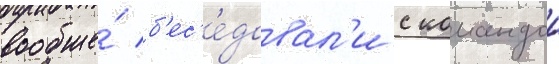
вообще́ б'ес'е́довал'и с командои